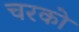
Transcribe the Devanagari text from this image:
चरको